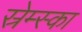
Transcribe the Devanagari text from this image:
स्रेम्स्का